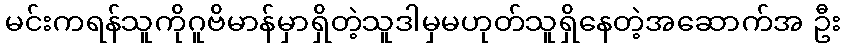
မင်းကရန်သူကိုဂူဗိမာန်မှာရှိတဲ့သူဒါမှမဟုတ်သူရှိနေတဲ့အဆောက်အ ဦး